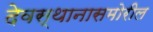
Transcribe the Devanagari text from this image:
देवस्थानासमोरील